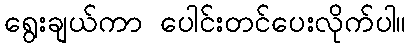
ရွေးချယ်ကာ ပေါင်းတင်ပေးလိုက်ပါ။